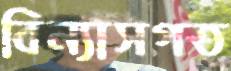
বিন্যাসগত